Civil Veterinary Department. Madras. Admin. report 1926-33 - 1926-1933
Year: 1926
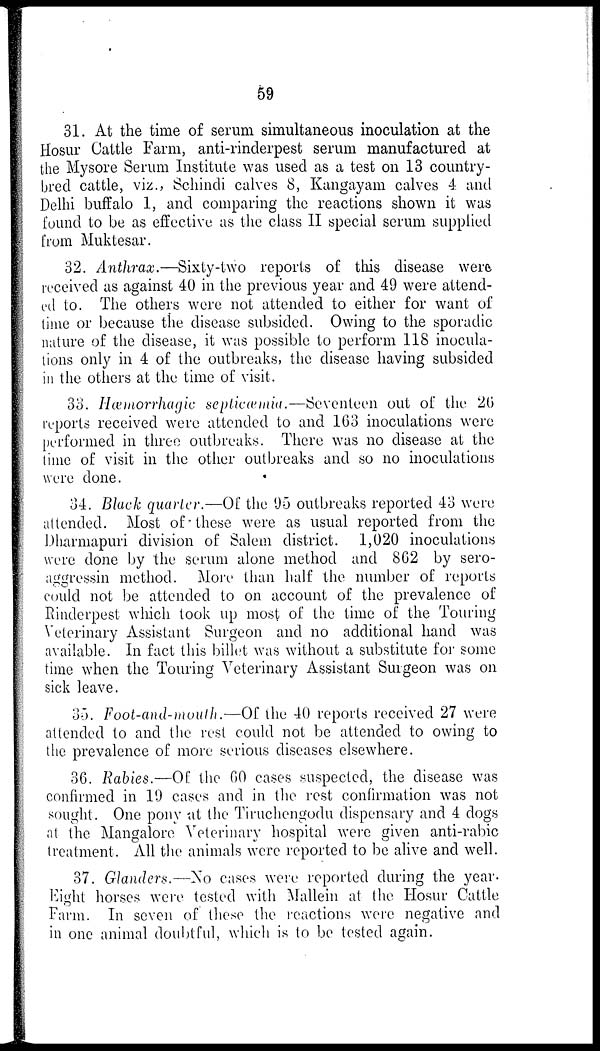
59
31. At the time of serum simultaneous inoculation at the
Hosur Cattle Farm, anti-rinderpest serum manufactured at
the Mysore Serum Institute was used as a test on 13 country-
bred cattle, viz., Schindi calves 8, Kangayam calves 4 and
Delhi buffalo 1, and comparing the reactions shown it was
found to be as effective as the class II special serum supplied
from Muktesar.
32. Anthrax.—Sixty-two reports of this disease were
received as against 40 in the previous year and 49 were attend-
ed to. The others were not attended to either for want of
time or because the disease subsided. Owing to the sporadic
nature of the disease, it was possible to perform 118 inocula-
tions only in 4 of the outbreaks, the disease having subsided
in the others at the time of visit.
33. Hæmorrhagic septicæmia.—Seventeen out of the 20
reports received were attended to and 163 inoculations were
performed in three outbreaks. There was no disease at the
lime of visit in the other outbreaks and so no inoculations
were done.
34. Black quarter.—Of the 05 outbreaks reported 43 were
attended. Most of these were as usual reported from the
Dharmapuri division of Salem district. 1,020 inoculations
were done by the serum alone method and 862 by sero-
aggressin method. More than half the number of reports
could not be attended to on account of the prevalence of
Rinderpest which took up most of the time of the Touring
Veterinary Assistant Surgeon and no additional hand was
available. In fact this billet was without a substitute for some
time when the Touring Veterinary Assistant Surgeon was on
sick leave.
35. Foot-and-mouth.—Of the 40 reports received 27 were
attended to and the rest could not be attended to owing to
the prevalence of more serious diseases elsewhere.
36. Rabies.—Of the 60 cases suspected, the disease was
confirmed in 19 cases and in the rest confirmation was not
sought. One pony at the Tiruchengodu dispensary and 4 dogs
at the Mangalore Veterinary hospital were given anti-rabic
treatment. All the animals were reported to be alive and well.
37. Glanders.—No cases were reported during the year.
Eight horses were tested with Mallein at the Hosur Cattle
Farm. In seven of these the reactions were negative and
in one animal doubtful, which is to be tested again.